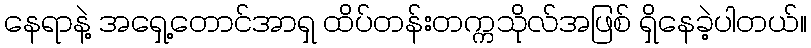
နေရာနဲ့ အရှေ့တောင်အာရှ ထိပ်တန်းတက္ကသိုလ်အဖြစ် ရှိနေခဲ့ပါတယ်။